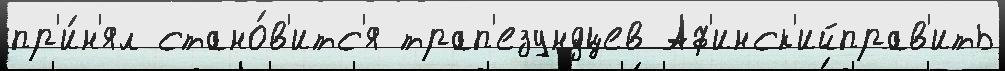
пр'и́н'ял стано́в'итс'я трап'езундцев Аф'инск'ийправ'ить